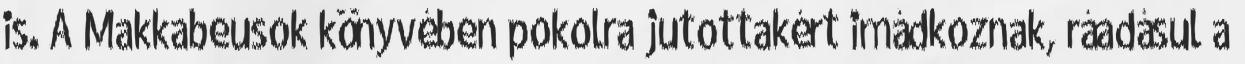
is. A Makkabeusok könyvében pokolra jutottakért imádkoznak, ráadásul a